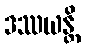
ဒဿယန္တိ